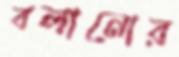
বলানোর